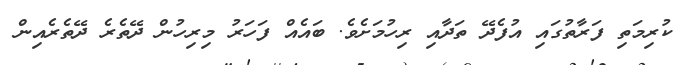
ކުރިމަތި ފަރާތުގައި އުފެދޭ ތަދާއި ރިހުމަށެވެ. ބައެއް ފަހަރު މިރިހުން ދޭތެރެ ދޭތެރެއިން